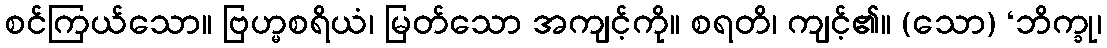
စင်ကြယ်သော။ ဗြဟ္မစရိယံ၊ မြတ်သော အကျင့်ကို။ စရတိ၊ ကျင့်၏။ (သော) ‘ဘိက္ခု၊